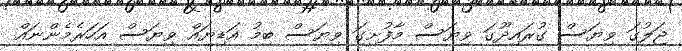
ޖަލުގަ ވިޔަސް ގުރައިދޫގަ ވިޔަސް މާފުށިގަ ވިޔަސް ބިމު އަޑިޔައް ވިޔަސް އަހަރެމެންނައް